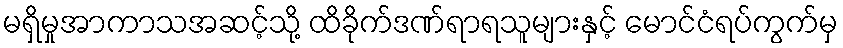
မရှိမှုအာကာသအဆင့်သို့ ထိခိုက်ဒဏ်ရာရသူများနှင့် မောင်ငံရပ်ကွက်မှ